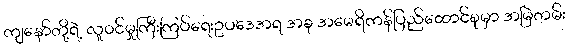
ကျနော်တို့ရဲ့ လူဝင်မှုကြီးကြပ်ရေးဥပဒေအရ အခု အမေရိကန်ပြည်ထောင်စုမှာ အမြဲတမ်း